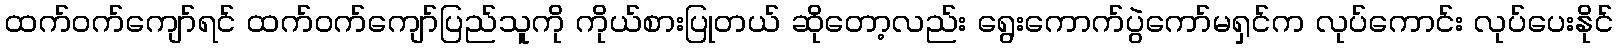
ထက်ဝက်ကျော်ရင် ထက်ဝက်ကျော်ပြည်သူကို ကိုယ်စားပြုတယ် ဆိုတော့လည်း ရွေးကောက်ပွဲကော်မရှင်က လုပ်ကောင်း လုပ်ပေးနိုင်